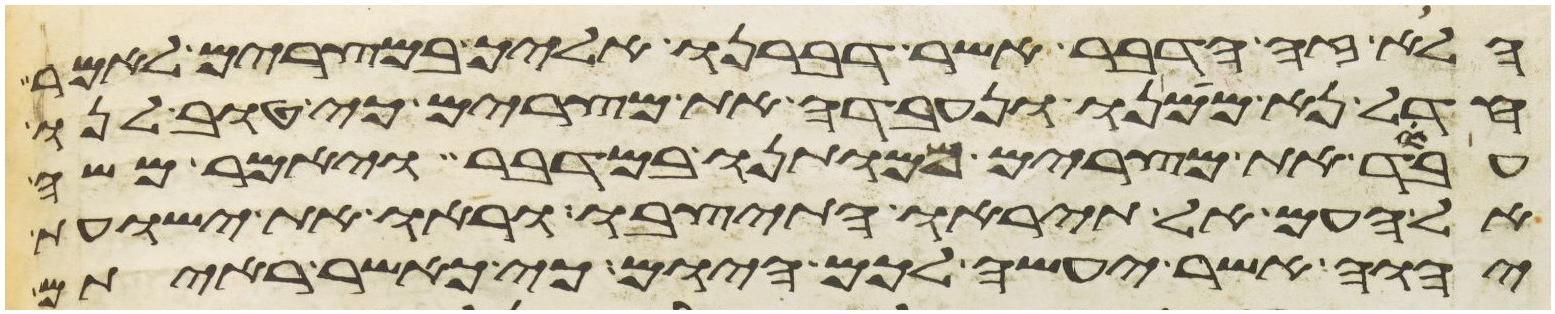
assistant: הלוא זה הדבר אשר דברנו אליך במצרים לאמר
חדל נא ממנו ונעבדה את מצרים כי טוב לנו
עבד את מצרים ממותנו במדבר ויאמר משה
אל העם אל תיראו התיצבו וראו את ישועת
יהוה אשר יעשה לכם היום כי כאשר ראיתם